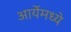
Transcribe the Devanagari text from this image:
आर्येमध्ये